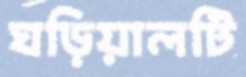
ঘড়িয়ালটি